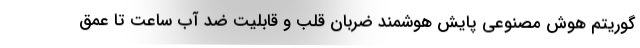
گوریتم هوش مصنوعی پایش هوشمند ضربان قلب و قابلیت ضد آب ساعت تا عمق